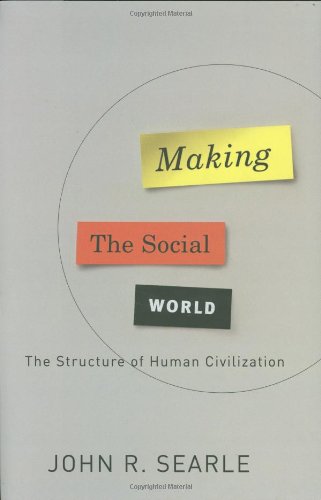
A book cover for Making the Social World: The Structure of Human Civilization; John Searle; Politics & Social Sciences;